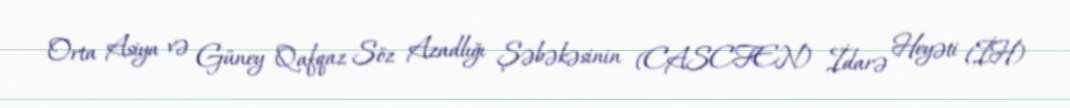
Orta Asiya və Güney Qafqaz Söz Azadlığı Şəbəkəsinin (CASCFEN) İdarə Heyəti (İH)